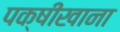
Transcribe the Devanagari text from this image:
पक्षीखाना